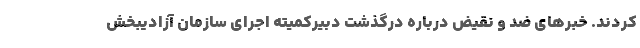
کردند. خبرهای ضد و نقیض درباره درگذشت دبیرکمیته اجرای سازمان آزادیبخش